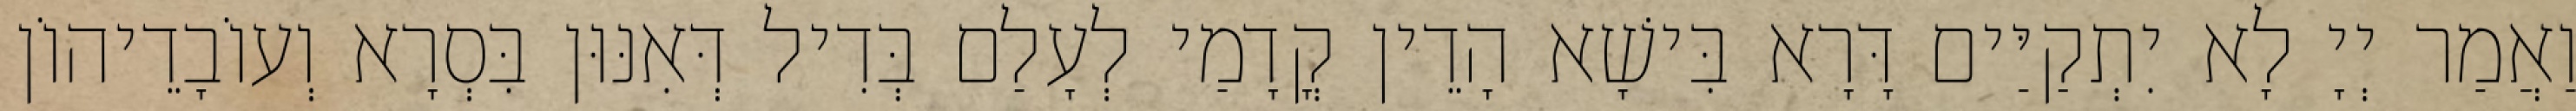
וַאֲמַר יְיָ לָא יִתְקַיַּים דָּרָא בִּישָׁא הָדֵין קֳדָמַי לְעָלַם בְּדִיל דְּאִנּוּן בִּסְרָא וְעוֹבָדֵיהוֹן